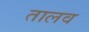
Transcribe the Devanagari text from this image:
तालव